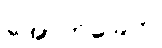
အောက်ခြေက